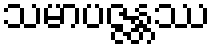
သမာပဇ္ဇန္တဿ